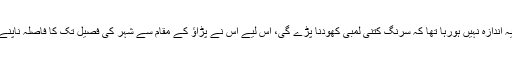
لیکن اسے یہ اندازہ نہیں ہورہا تھا کہ سرنگ کتنی لمبی کھودنا پڑے گی، اس لیے اس نے پڑاؤ کے مقام سے شہر کی فصیل تک کا فاصلہ ناپنے کی ٹھانی۔